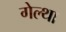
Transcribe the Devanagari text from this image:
गेल्था